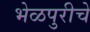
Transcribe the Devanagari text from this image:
भेळपुरीचे